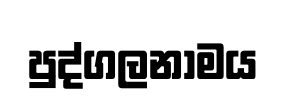
පුද්ගලනාමය